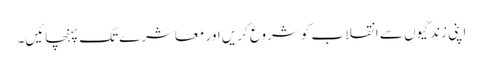
اپنی زندگیوں سے انقلاب کو شروع کریں اور معاشرے تک پہنچائیں۔